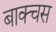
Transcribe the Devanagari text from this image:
बाक्चस